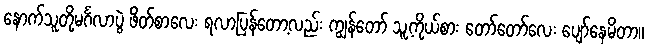
နောက်သူတို့မင်္ဂလာပွဲ ဖိတ်စာလေး ရလာပြန်တော့လည်း ကျွန်တော် သူ့ကိုယ်စား တော်တော်လေး ပျော်နေမိတာ။